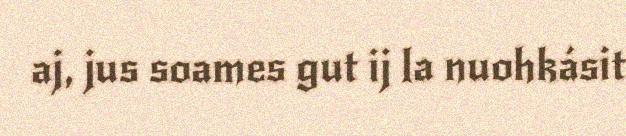
aj, jus soames gut ij la nuohkásit